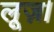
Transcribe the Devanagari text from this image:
लूज़।